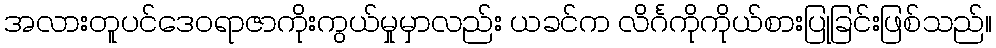
အလားတူပင်ဒေဝရာဇာကိုးကွယ်မှုမှာလည်း ယခင်က လိင်္ဂကိုကိုယ်စားပြုခြင်းဖြစ်သည်။